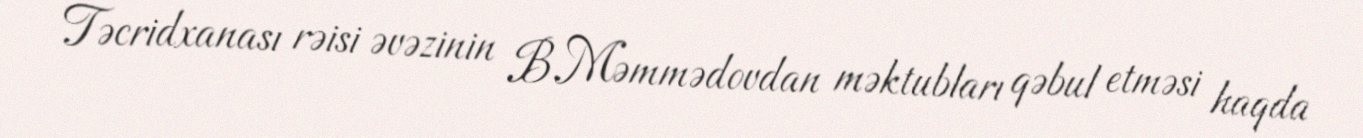
Təcridxanası rəisi əvəzinin B.Məmmədovdan məktubları qəbul etməsi haqda